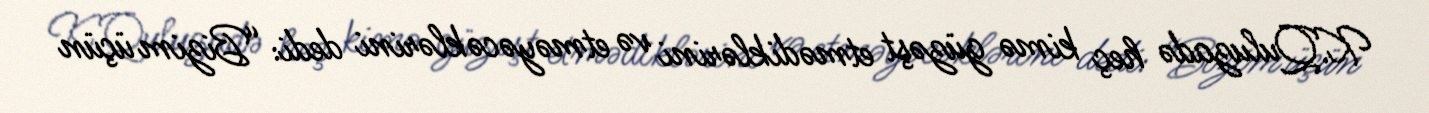
K.Quluzadə heç kimə güzəşt etmədiklərini və etməyəcəklərini dedi: “Bizim üçün